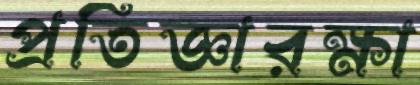
প্রতিজ্ঞারক্ষা